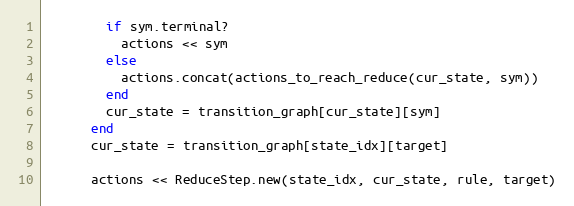
Language: Ruby
        if sym.terminal?
          actions << sym
        else
          actions.concat(actions_to_reach_reduce(cur_state, sym))
        end
        cur_state = transition_graph[cur_state][sym]
      end
      cur_state = transition_graph[state_idx][target]

      actions << ReduceStep.new(state_idx, cur_state, rule, target)